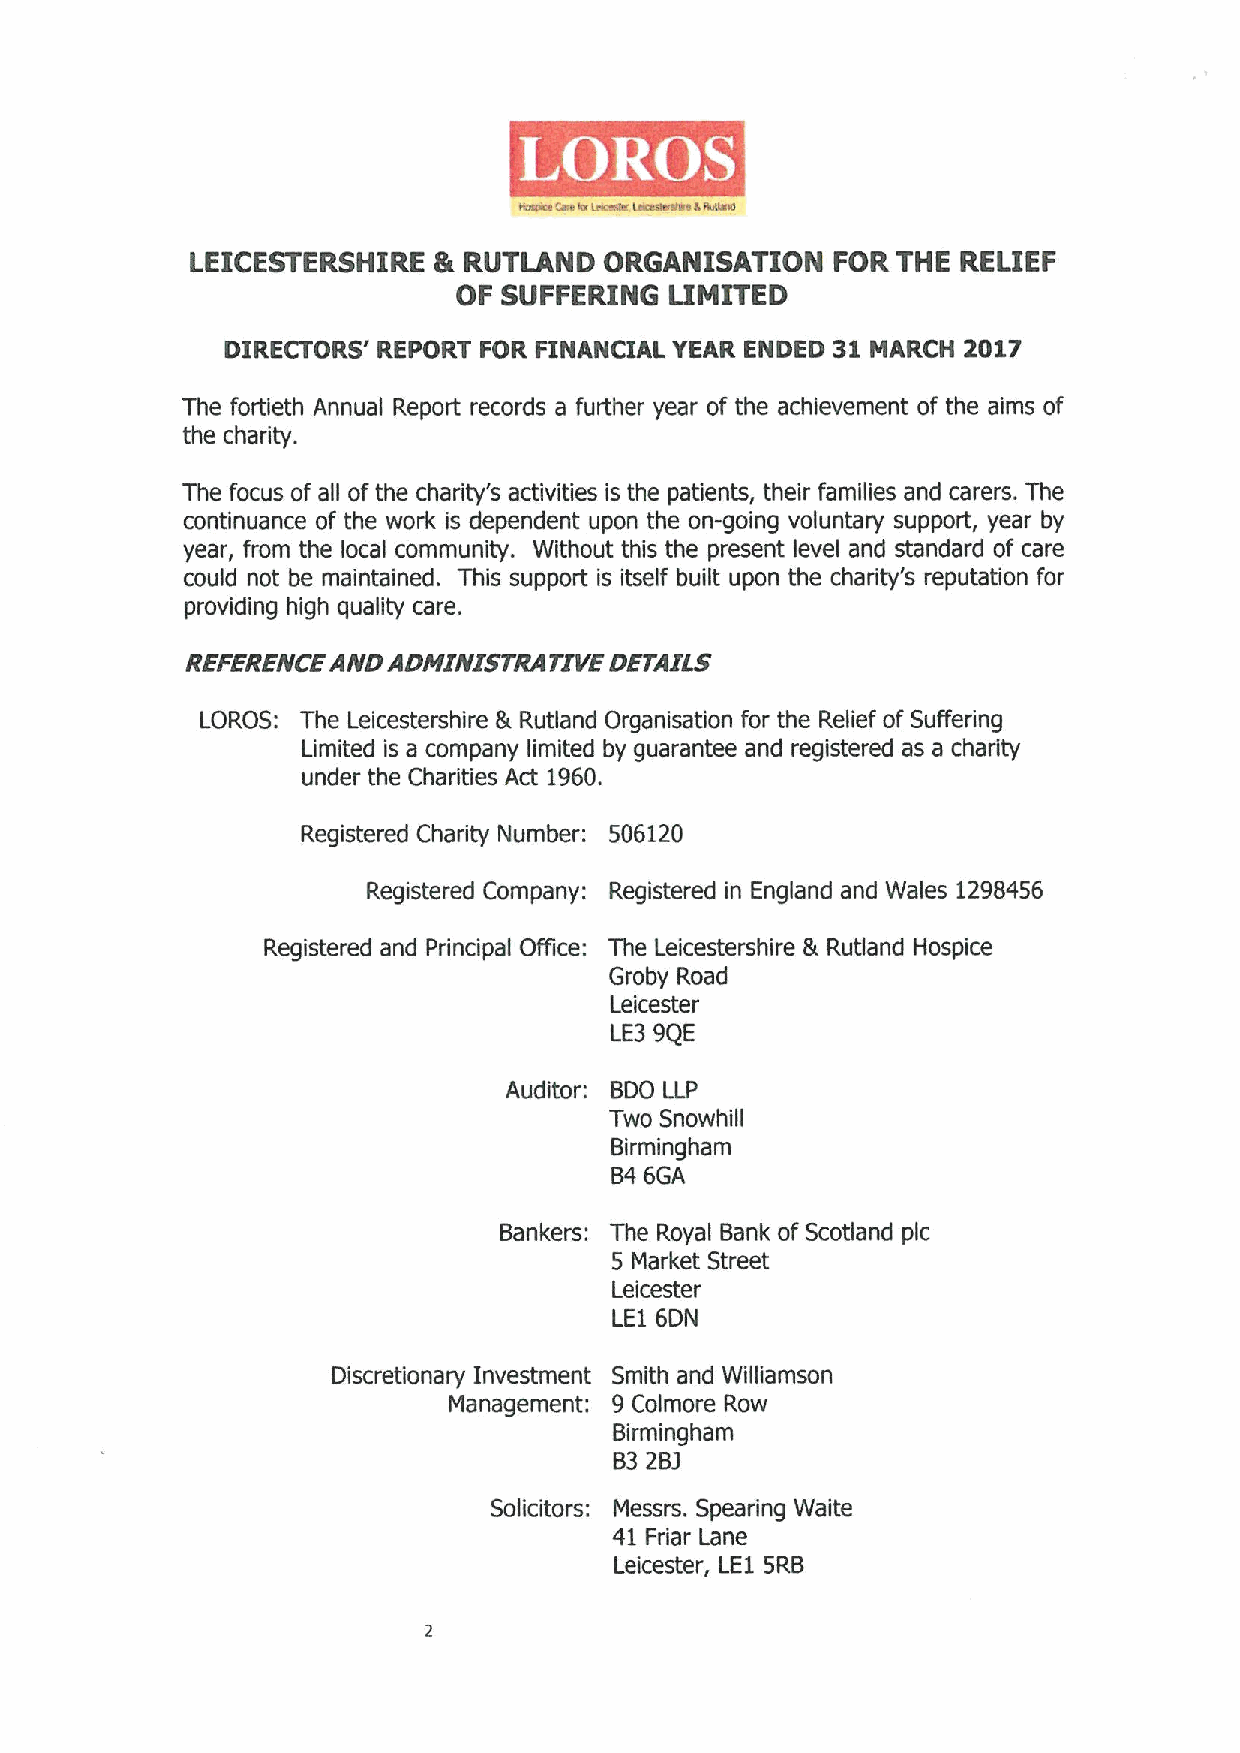
13I33SLMSHIIH9     HALlVNO  OHSflNISVLION 908 LHR  IHlI3d
 03 SA333IBN9  lIWIL30
 MIHDLO!lS ,IHdOIH d08' QINflMDIV1 AHA 3NO308:t WVH'DH ZOTIJ
 ZB  goJtlatII ftuunel ItadoJt JaooJps e gnJtIIBJ naeJ og tqa etulI!ahawaut oy tqa elws og
 tqa OIIeJltlI
 jqa go~ns og eil oy tqa oqeJltA,s ePlnltlas ls tqa det!auts' tqalJ gewlllas eup oeJBJs .jqa
 ooutluneuoa og tqa IIIIOJ~!s padaupaut ndou tqa ou-6olu6 IJolnuteIA snddoJt' naeJ qA
 naeJ' gJow tIIB lael ~owwnU!tA M!tqont tq!s tqa dJasaut ianal eup steupeJp og oeJa
 Bonlp uot qa we!uteluap ~ls snddoJt ls ltsal~ qnllt ndou tIIB oqeJ!tA,s Jadntetlou ~oJ
 dJonlplu6 qlbq bnelltlIJeJB
 N99989N29YNO YONIN1MlhY ZIAZ OMYI7S
 10!'05:A!IB 1aloastaJsqlJB aI Itntleup 0J6eulsetlou goJ tqa !sllag oy 5ngaJIU6
 1lwltap!s e oowdeuA llwltap qA 6neJeutaa eup JB6!staJap es e oqepQ
 nupaJ tqa gqeJltlas Vp T69O
 Ita6lstaJap OIIeJltA NnwqaJ:5OgrZO
 d'B6lstaJap 3owdeuA:Ita6lstaJap lU 3U6leUp eUp Melas TZ68t59
 lta6lstaJap eup dJlupdeI pasa: .UIB laloastaJsIIIJB III Itntleup Hosdloa
 gJoqA !noep
 laloastaJ
 13f 663
 VnP!toJ:800 11d
 .JIIIIO SuoIIIIq!II
 8IJ wlu6IIew
 9rt 99V
 8eul&BJs: .UIB ItoAel 8euq og 5ootleup dlo
 5 WeJqat 5tJaat
 laloastaJ
 13T 90N
 0lsoJatlouek IUIIastwaut 5wltq eup Mllllewsou
 Weue6awaut:6 golwoJB ItoIIh
 8IJwlu6IIew
 8C Z8r
 5ollptoJs:WassJs 5daeJlu6 Melta
 tt dJleJ leua
 1aloastaJ'13T 5!t8